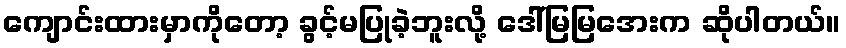
ကျောင်းထားမှာကိုတော့ ခွင့်မပြုခဲ့ဘူးလို့ ဒေါ်မြမြအေးက ဆိုပါတယ်။